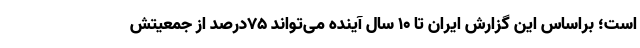
است؛ براساس این گزارش ایران تا ۱۰ سال آینده می‌تواند ۷۵درصد از جمعیتش